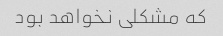
که مشکلی نخواهد بود